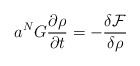
\begin{align*}a^{N}G\frac{\partial \rho}{\partial t} = - \frac{\delta \mathcal{F}}{\delta\rho}\end{align*}